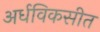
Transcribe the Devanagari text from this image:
अर्धविकसीत